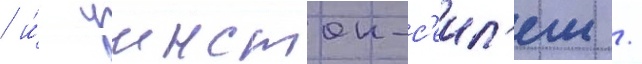
/ и́ уинстон-с'еил'ем /